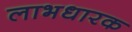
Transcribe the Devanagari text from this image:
लाभधारक